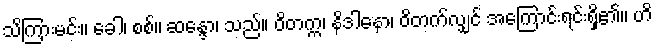
သိကြားမင်း။ ခေါ၊ စစ်။ ဆန္ဒော၊ သည်။ ဝိတက္က၊ နိဒါနော၊ ဝိတက်လျှင် အကြောင်းရင်းရှိ၏။ ဟိ